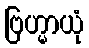
ဗြဟ္မာယုံ